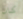
كان